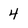
Character: 4